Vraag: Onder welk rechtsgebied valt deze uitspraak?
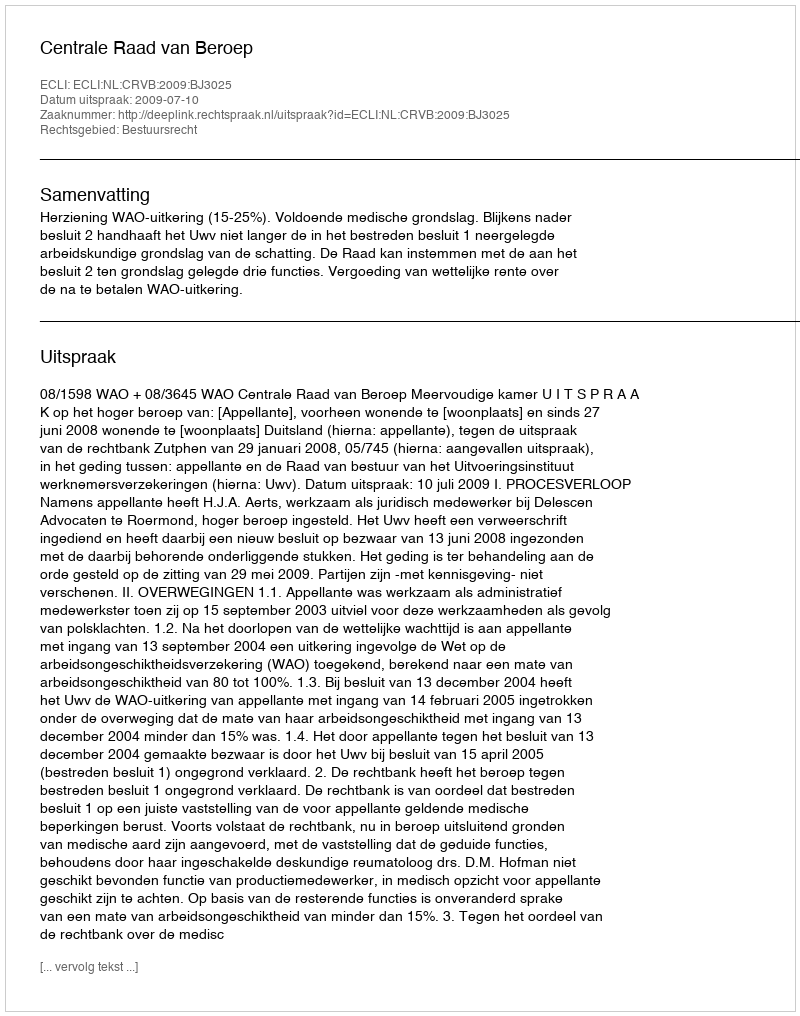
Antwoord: Bestuursrecht